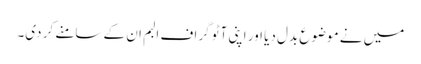
میں نے موضوع بدل دیا اور اپنی آٹو گراف البم ان کے سامنے کر دی۔